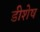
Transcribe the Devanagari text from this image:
डीशेष